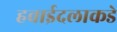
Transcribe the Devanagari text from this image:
हवाईदलाकडे